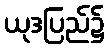
ယုဒပြည်၌